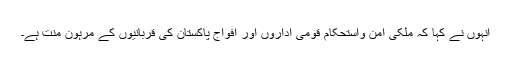
انہوں نے کہا کہ ملکی امن واستحکام قومی اداروں اور افواج پاکستان کی قربانیوں کے مرہون منت ہے۔